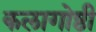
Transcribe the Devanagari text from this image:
कलागोष्ठी